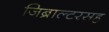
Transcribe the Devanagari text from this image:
जिब्राल्टरसह